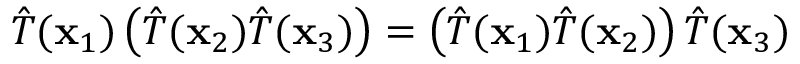
{ \hat { T } } ( \mathbf { x } _ { 1 } ) \left( { \hat { T } } ( \mathbf { x } _ { 2 } ) { \hat { T } } ( \mathbf { x } _ { 3 } ) \right) = \left( { \hat { T } } ( \mathbf { x } _ { 1 } ) { \hat { T } } ( \mathbf { x } _ { 2 } ) \right) { \hat { T } } ( \mathbf { x } _ { 3 } )